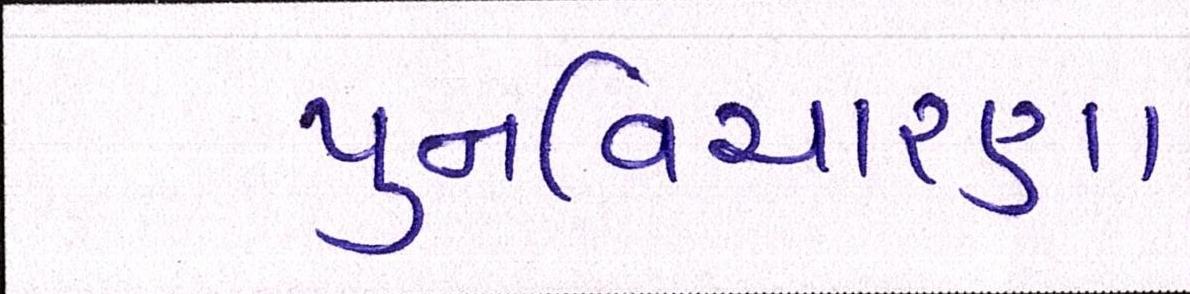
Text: પુનઃવિચારણા